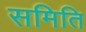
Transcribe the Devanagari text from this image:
समिति